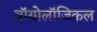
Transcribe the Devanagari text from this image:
बॉयोलॉजिकल